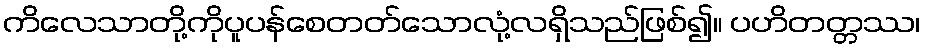
ကိလေသာတို့ကိုပူပန်စေတတ်သောလုံ့လရှိသည်ဖြစ်၍။ ပဟိတတ္တဿ၊